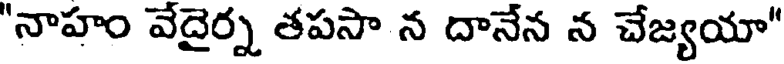
"నాహం వేదైర్న తపసా న దానేన న చేజ్యయా"